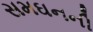
સમઘનની